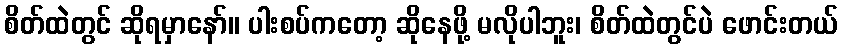
စိတ်ထဲတွင် ဆိုရမှာနော်။ ပါးစပ်ကတော့ ဆိုနေဖို့ မလိုပါဘူး၊ စိတ်ထဲတွင်ပဲ ဖောင်းတယ်